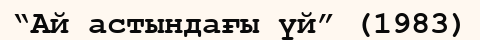
“Ай астындағы үй” (1983)